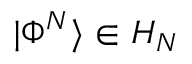
| \Phi ^ { N } \rangle \in \boldsymbol { H } _ { N }